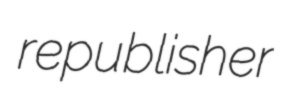
republisher